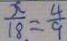
\frac { x } { 1 8 } = \frac { 4 } { 9 }